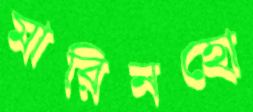
মারিনহো